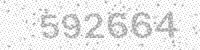
Solution: 592664